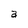
Character: a